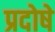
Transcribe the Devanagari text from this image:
प्रदोषे